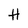
Character: H